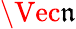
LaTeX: \Vec{\mathfrak{n}}